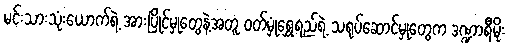
မင်းသားသုံးယောက်ရဲ့ အားပြိုင်မှုတွေနဲ့အတူ ဝတ်မှုံရွှေရည်ရဲ့ သရုပ်ဆောင်မှုတွေက ဒဏ္ဍာရီမိုး